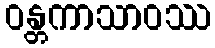
ဝန္တကာသာဝဿ